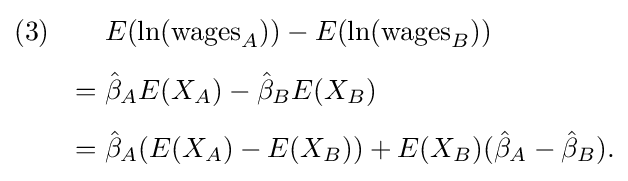
{\begin{aligned}(3)\qquad &E(\ln({\text{wages}}_{A}))-E(\ln({\text{wages}}_{B}))\\[4pt]={}&{\hat {\beta }}_{A}E(X_{A})-{\hat {\beta }}_{B}E(X_{B})\\[4pt]={}&{\hat {\beta }}_{A}(E(X_{A})-E(X_{B}))+E(X_{B})({\hat {\beta }}_{A}-{\hat {\beta }}_{B}).\end{aligned}}